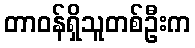
တာဝန်ရှိသူတစ်ဦးက